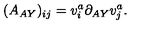
( A _ { A Y } ) _ { i j } = v _ { i } ^ { a } \partial _ { A Y } v _ { j } ^ { a } .